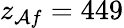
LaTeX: z_{\mathcal{A}f}=449